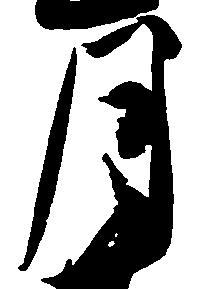
月